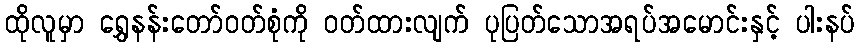
ထိုလူမှာ ရွှေနန်းတော်ဝတ်စုံကို ဝတ်ထားလျက် ပုပြတ်သောအရပ်အမောင်းနှင့် ပါးနပ်